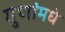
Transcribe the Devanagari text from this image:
गुणांमधे